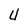
Character: U